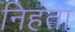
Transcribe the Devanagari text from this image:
निहंता